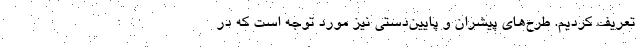
تعریف کردیم. طرح‌های پیشران و پایین‌دستی نیز مورد توجه است که در